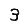
Digit: 3